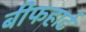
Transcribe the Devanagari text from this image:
बीफहार्ट